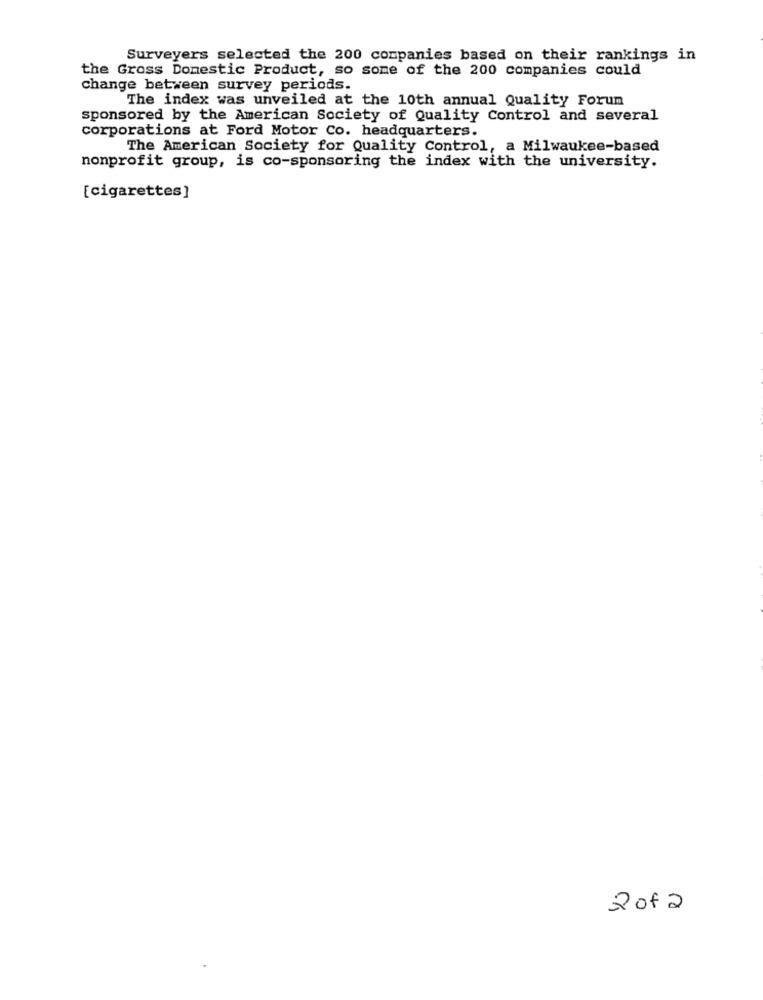
Surveyers selected the 200 companies based on their rankings in
the Gross Domestic Product, so some of the 200 companies could
change between survey periods.
The index was unveiled at the 10th annual Quality Forum
sponsored by the American Society of Quality Control and several
corporations at Ford Motor Co. headquarters.
The American Society for Quality Control, a Milwaukee-based
nonprofit group, is co-sponsoring the index with the university.
[cigarettes]